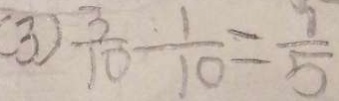
( 3 ) \frac { 3 } { 1 0 } - \frac { 1 } { 1 0 } = \frac { 9 } { 5 }